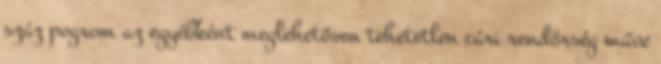
száz pogrom az egyébként meglehetősen tehetetlen cári rendőrség műve